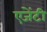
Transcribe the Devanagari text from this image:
एजेंटी